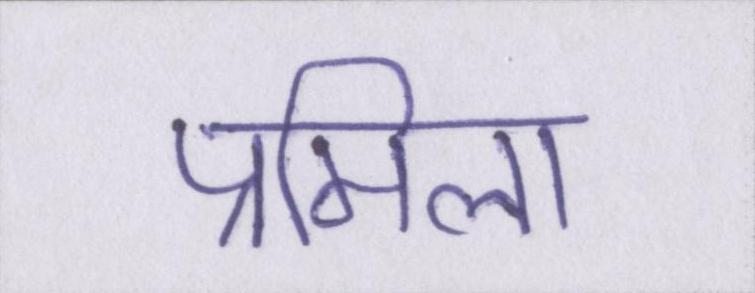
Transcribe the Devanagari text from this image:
प्रमिला